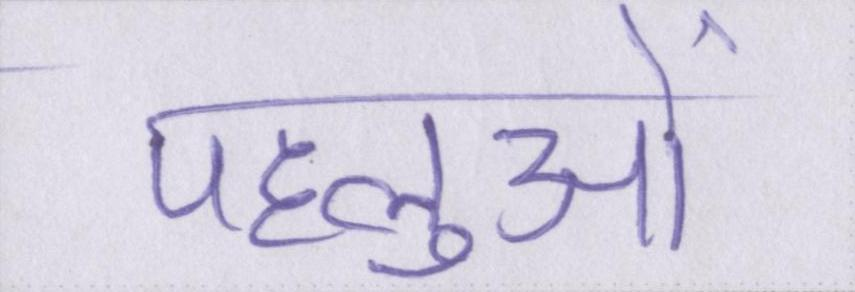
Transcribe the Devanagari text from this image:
पहलुओं